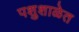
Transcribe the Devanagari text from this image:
पशुशाळेत